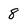
Character: 8